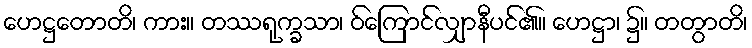
ဟေဋ္ဌတောတိ၊ ကား။ တဿရုက္ခသာ၊ ဝ်ကြောင်လျှာနီပင်၏။ ဟေဋ္ဌာ၊ ၌။ တတွာတိ၊